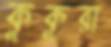
কুকুরা